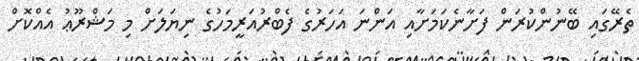
ތެރޭގައި ބޭނުންކުރަން ފަށާނެކަމަށާއި އަންނަ އަހަރުގެ ފެބްރުއަރީމަހުގެ ނިޔަލަށް މި މަޝްރޫޢު އެއްކޮށް